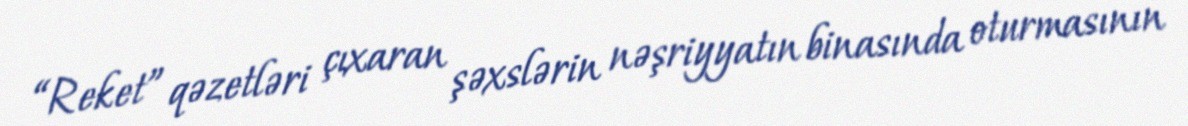
“Reket” qəzetləri çıxaran şəxslərin nəşriyyatın binasında oturmasının